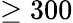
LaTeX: \ge 300